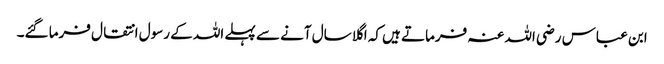
ابن عباس رضی اللہ عنہ فرماتے ہیں کہ اگلا سال آنے سے پہلے اللہ کے رسول انتقال فرما گئے۔